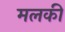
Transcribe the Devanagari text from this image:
मलकी